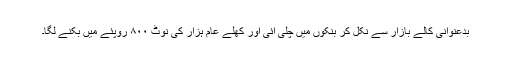
بدعنوانی کالے بازار سے نکل کر بنکوں میں چلی آئی اور کھلے عام ہزار کی نوٹ ۸۰۰ روپئے میں بکنے لگا۔